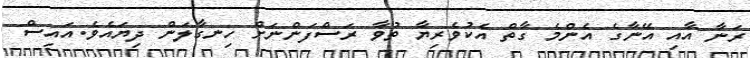
ރަނާ އާއި އޭނާގެ އެންމެ ގާތް އެކުވެރިޔާ ތުވާ ރަސްފަންނަށް ހިނގާލަން ދިޔައެވެ.އައިސް